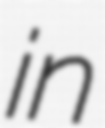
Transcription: in